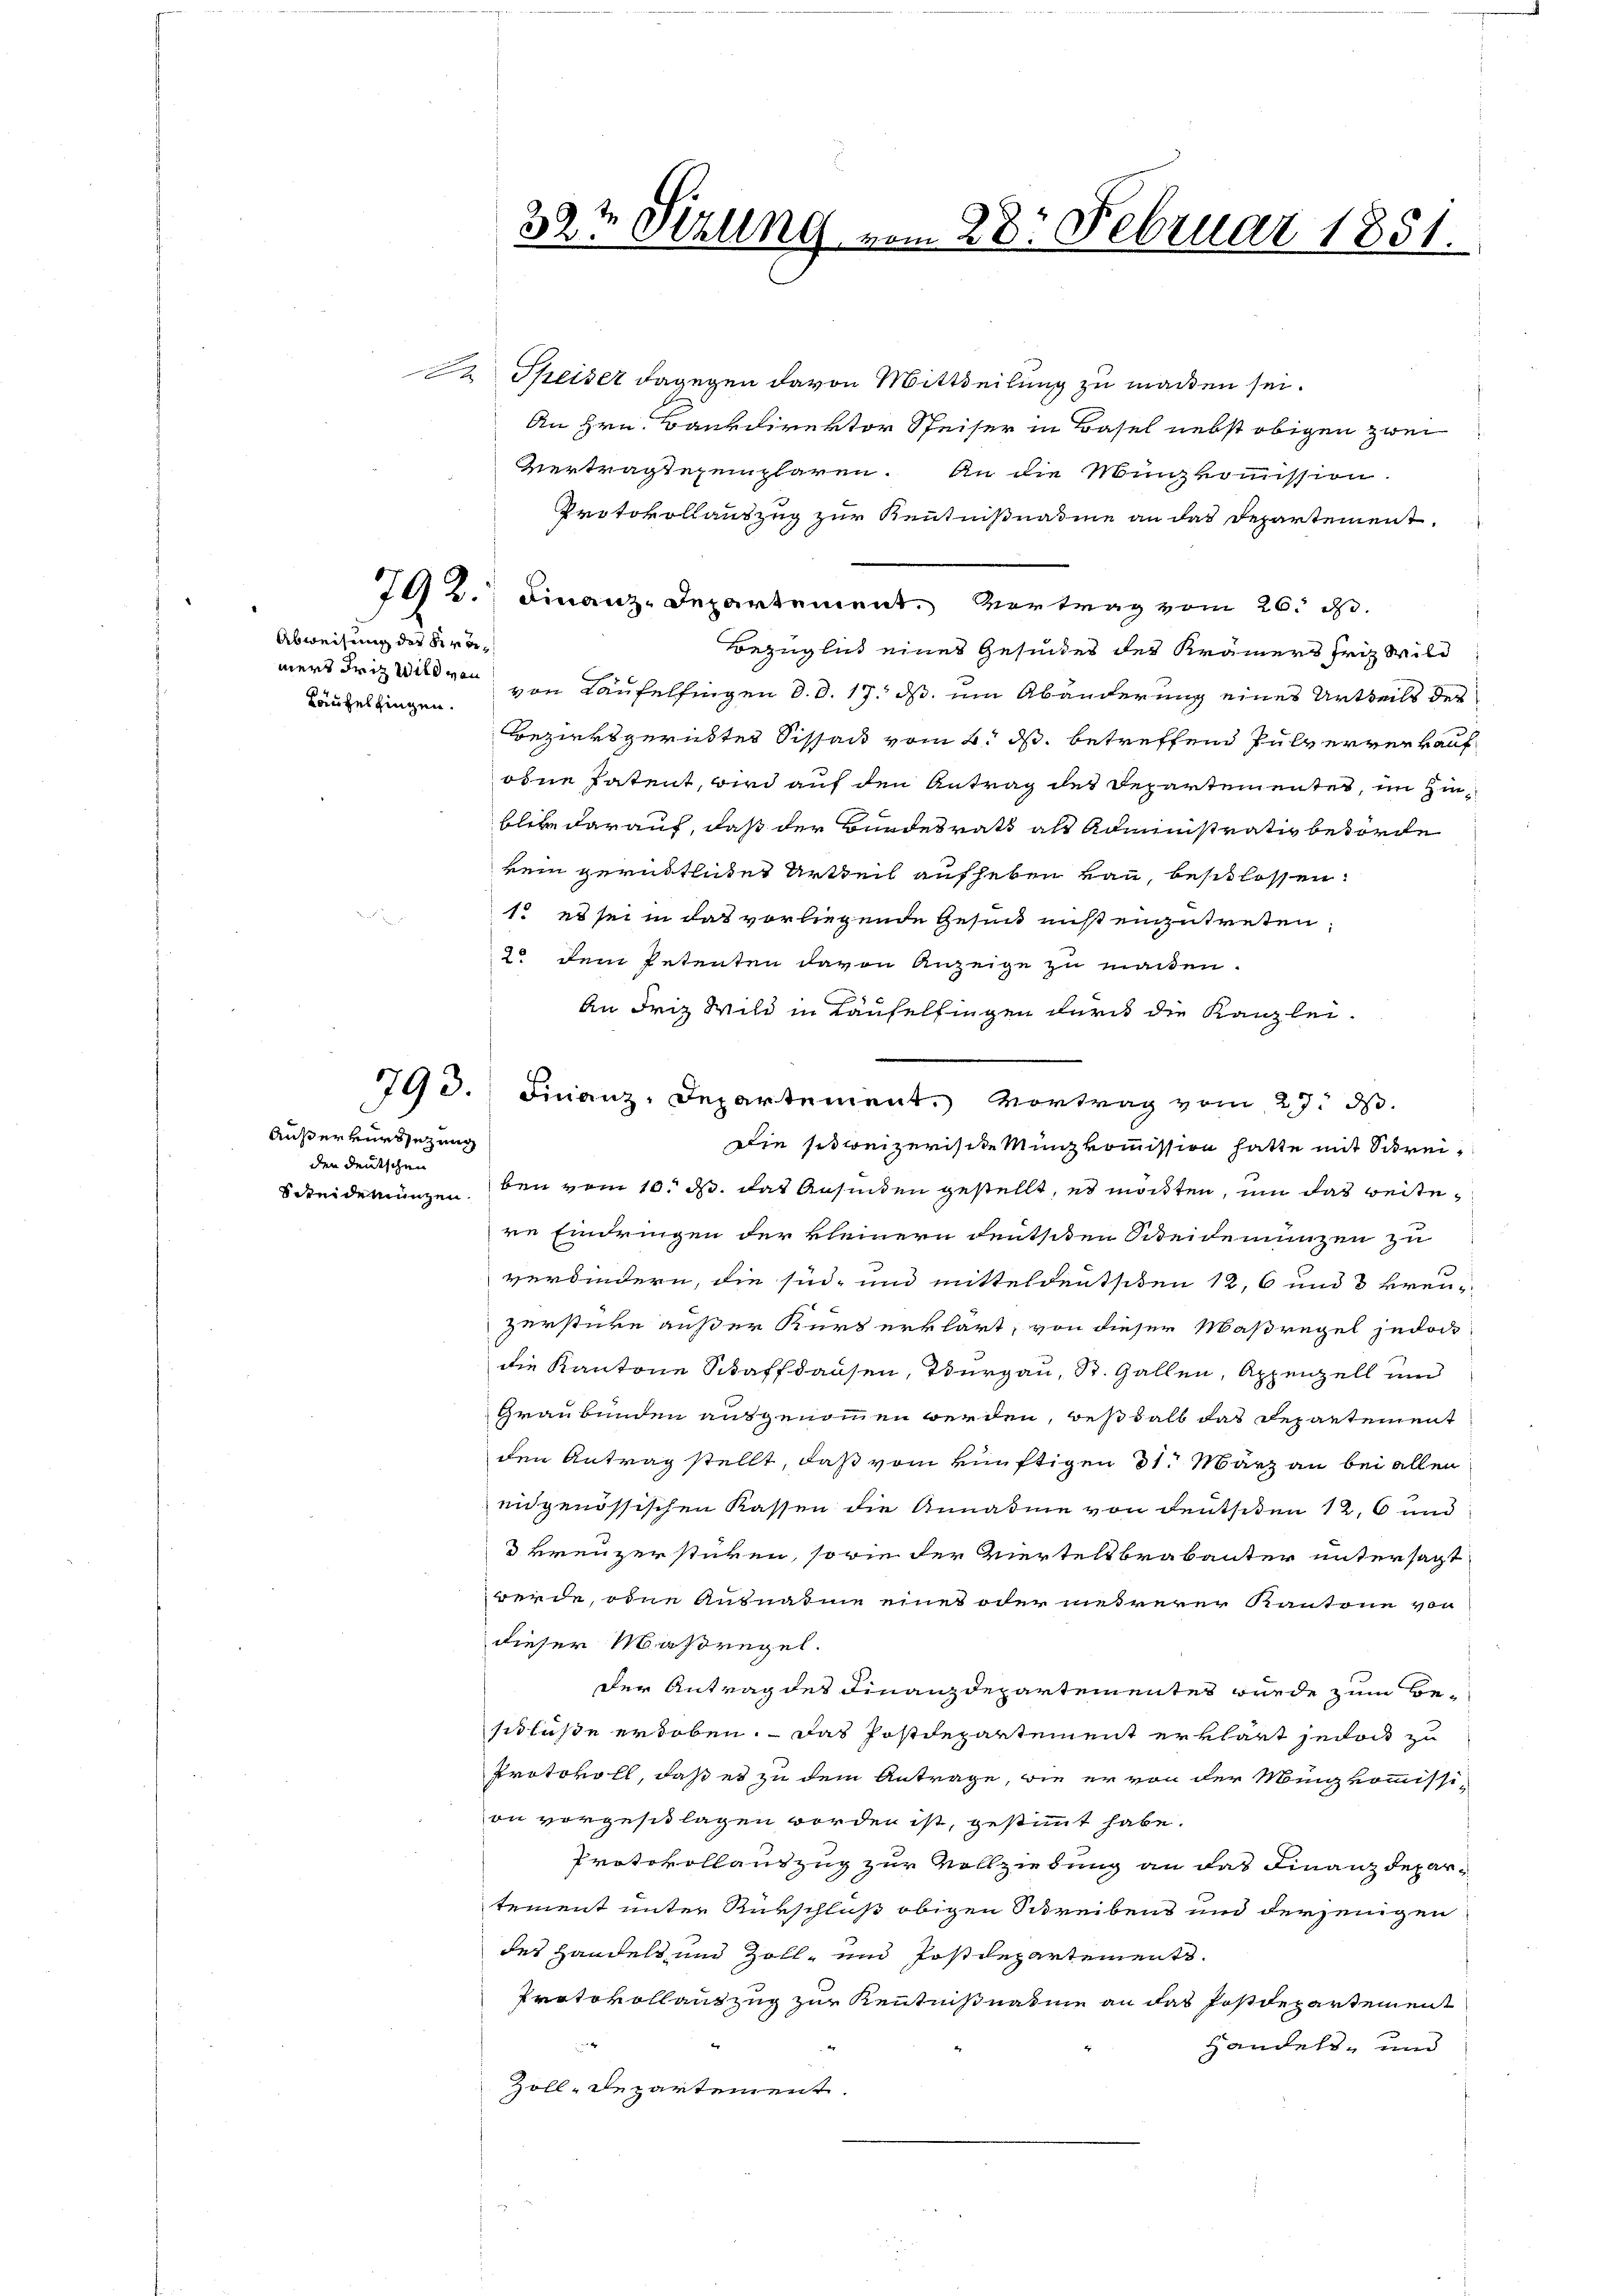
Abweisung der Bera¬
Läuzelfingen.

Außer versezung
den deutschen

D. Speiser dagegen davon Mittheilung zu machen sei.
An Hrn. Bankdirektor Speiser in Basel nebst obigen zwei
Vertragtexemplaren. An die Münzkommission.
Protokollauszug zur Kenntnißnahme an das Departement.
792. Finanz-Departement. Vertrag vom 26. d.
Bezüglich eines Gesindes des Krämers Friz wild
mers Friz Wild von von Laufelfingen d. d. 17. ds. um Abänderung eines Urtheils der
Bezirksgerichtes Sissant vom 2. ds. betreffend Pulververkauf
ohne Patent, wird auf den Antrag des Departementes, im Hinblibe darauf, daß der Bundesrath als Administrativ beförde
kein gerükthuet Urtheil aufheben kann, beschlossen:
1. es sei in das vorliegende Gesind nist einzutreten,
20 dem Petenten davon Anzeige zu machen.
An Friz Wild in Laufelfingen durch die Kanzlei-
die schweizerische Münzkommission hatte mit Schrei¬
Scheidemünzen. Den vom 10. ds. das Ansinden gestellt, es möchten, um das weitere Eindringen der kleinern deutsten Scheidemünzen zu
verbindern, die sind, und mitteldeutsiden 12, 6 und 3 kreuzersticke außer Kurs erklärt, von dieser Maßregel jedoch
die Kantone Schaffhausen, Thurgau, St. Gallen, Appenzell und
Graubünden ausgenommen werden, deßhalb das Departement
den Antrag stellt, daß vom künftigen 31. März an bei allen
eidgenössischen Kassen die Annahme von deutsiden 126 und
 kreuzerstüken, sowie der Viertellbrabanter untersagt
werde, oder Ausnahme einer oder mehrerer Kantone von
dieser Maßregel.
der Antrag der Finanzdepartementes wurde zum Beschlüße erhoben. Das Postdepartement erklärt jedoch zu
Protokoll, daß es zu dem Antrage, wie er von der Mönig kommission vorgeschlagen worden ist, gestimmt habe.
Protokollauszug zur Vollziehung an das Finanzdepartement unter Rückschluß obigen Schreibens und derjenigen
des Handels und Zoll- und Postdepartements.
Protokollantzug zur Kenntnißnahme an das Postdepartement
Handels- und
Zoll-Departement.

32te Sizung vom 28. Februar 1851.

793. Finanz-Departement. Vortrag vom 27. ds.